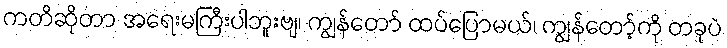
ကတိဆိုတာ အရေးမကြီးပါဘူးဗျ၊ ကျွန်တော် ထပ်ပြောမယ်၊ ကျွန်တော့်ကို တခုပဲ